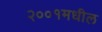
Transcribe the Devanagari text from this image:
२००१मधील